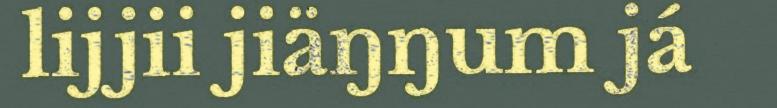
lijjii jiäŋŋum já